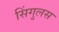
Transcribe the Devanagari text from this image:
सिंगुलस